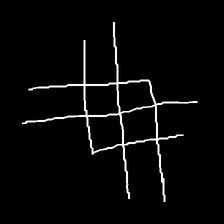
Glyph: crystal